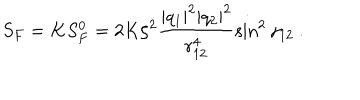
S _ { F } = K S _ { F } ^ { 0 } = 2 K \zeta ^ { 2 } \frac { | q _ { 1 } | ^ { 2 } | q _ { 2 } | ^ { 2 } } { r _ { 1 2 } ^ { 4 } } \sin ^ { 2 } \gamma _ { 1 2 } ~ .